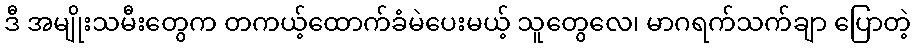
ဒီ အမျိုးသမီးတွေက တကယ့်ထောက်ခံမဲပေးမယ့် သူတွေလေ၊ မာဂရက်သက်ချာ ပြောတဲ့